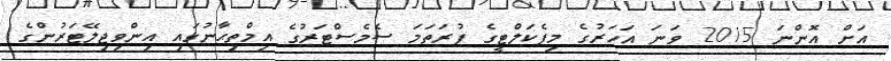
އަށް އޮންނަ 2015 ވަނަ އަހަރުގެ މިފެކަލްޓީގެ ފުރަތަމަ ސެމެސްޓަރުގެ އިމްތިޙާނުގައި އިންވިޖިލޭޓަރުންގެ